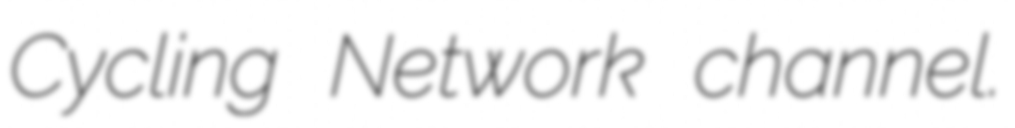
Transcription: Cycling Network channel.